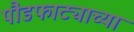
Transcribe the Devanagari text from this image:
पौडफाट्याच्या